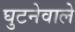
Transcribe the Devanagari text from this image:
घुटनेवाले